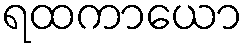
ရထကာယော